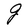
Character: g